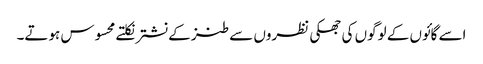
اسے گائوں کے لوگوں کی جھکی نظروں سے طنز کے نشترنکلتے محسوس ہوتے۔